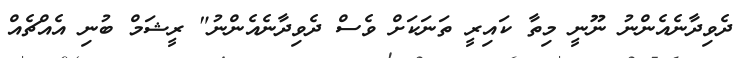
ދެވިދާނެއެންނު ނޫނީ މިތާ ކައިރީ ތަނަކަށް ވެސް ދެވިދާނެއެންނު" ރީޝަމް ބުނި އެއްޗެއް